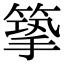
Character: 𢲿